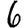
Digit: 6